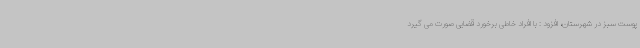
پوست سبز در شهرستان، افزود : با افراد خاطی برخورد قضایی صورت می گیرد